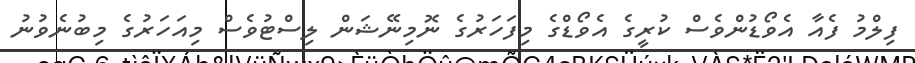
ފިލްމު ފެއާ އެވޯޑުންވެސް ކުރީގެ އެވޯޑްގެ މިފަހަރުގެ ނޮމިނޭޝަން ލިސްޓުވެސް މިއަހަރުގެ މިބުނެވުނު